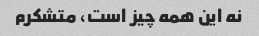
نه این همه چیز است، متشکرم